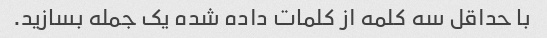
با حداقل سه کلمه از کلمات داده شده یک جمله بسازید.